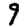
Digit: 9